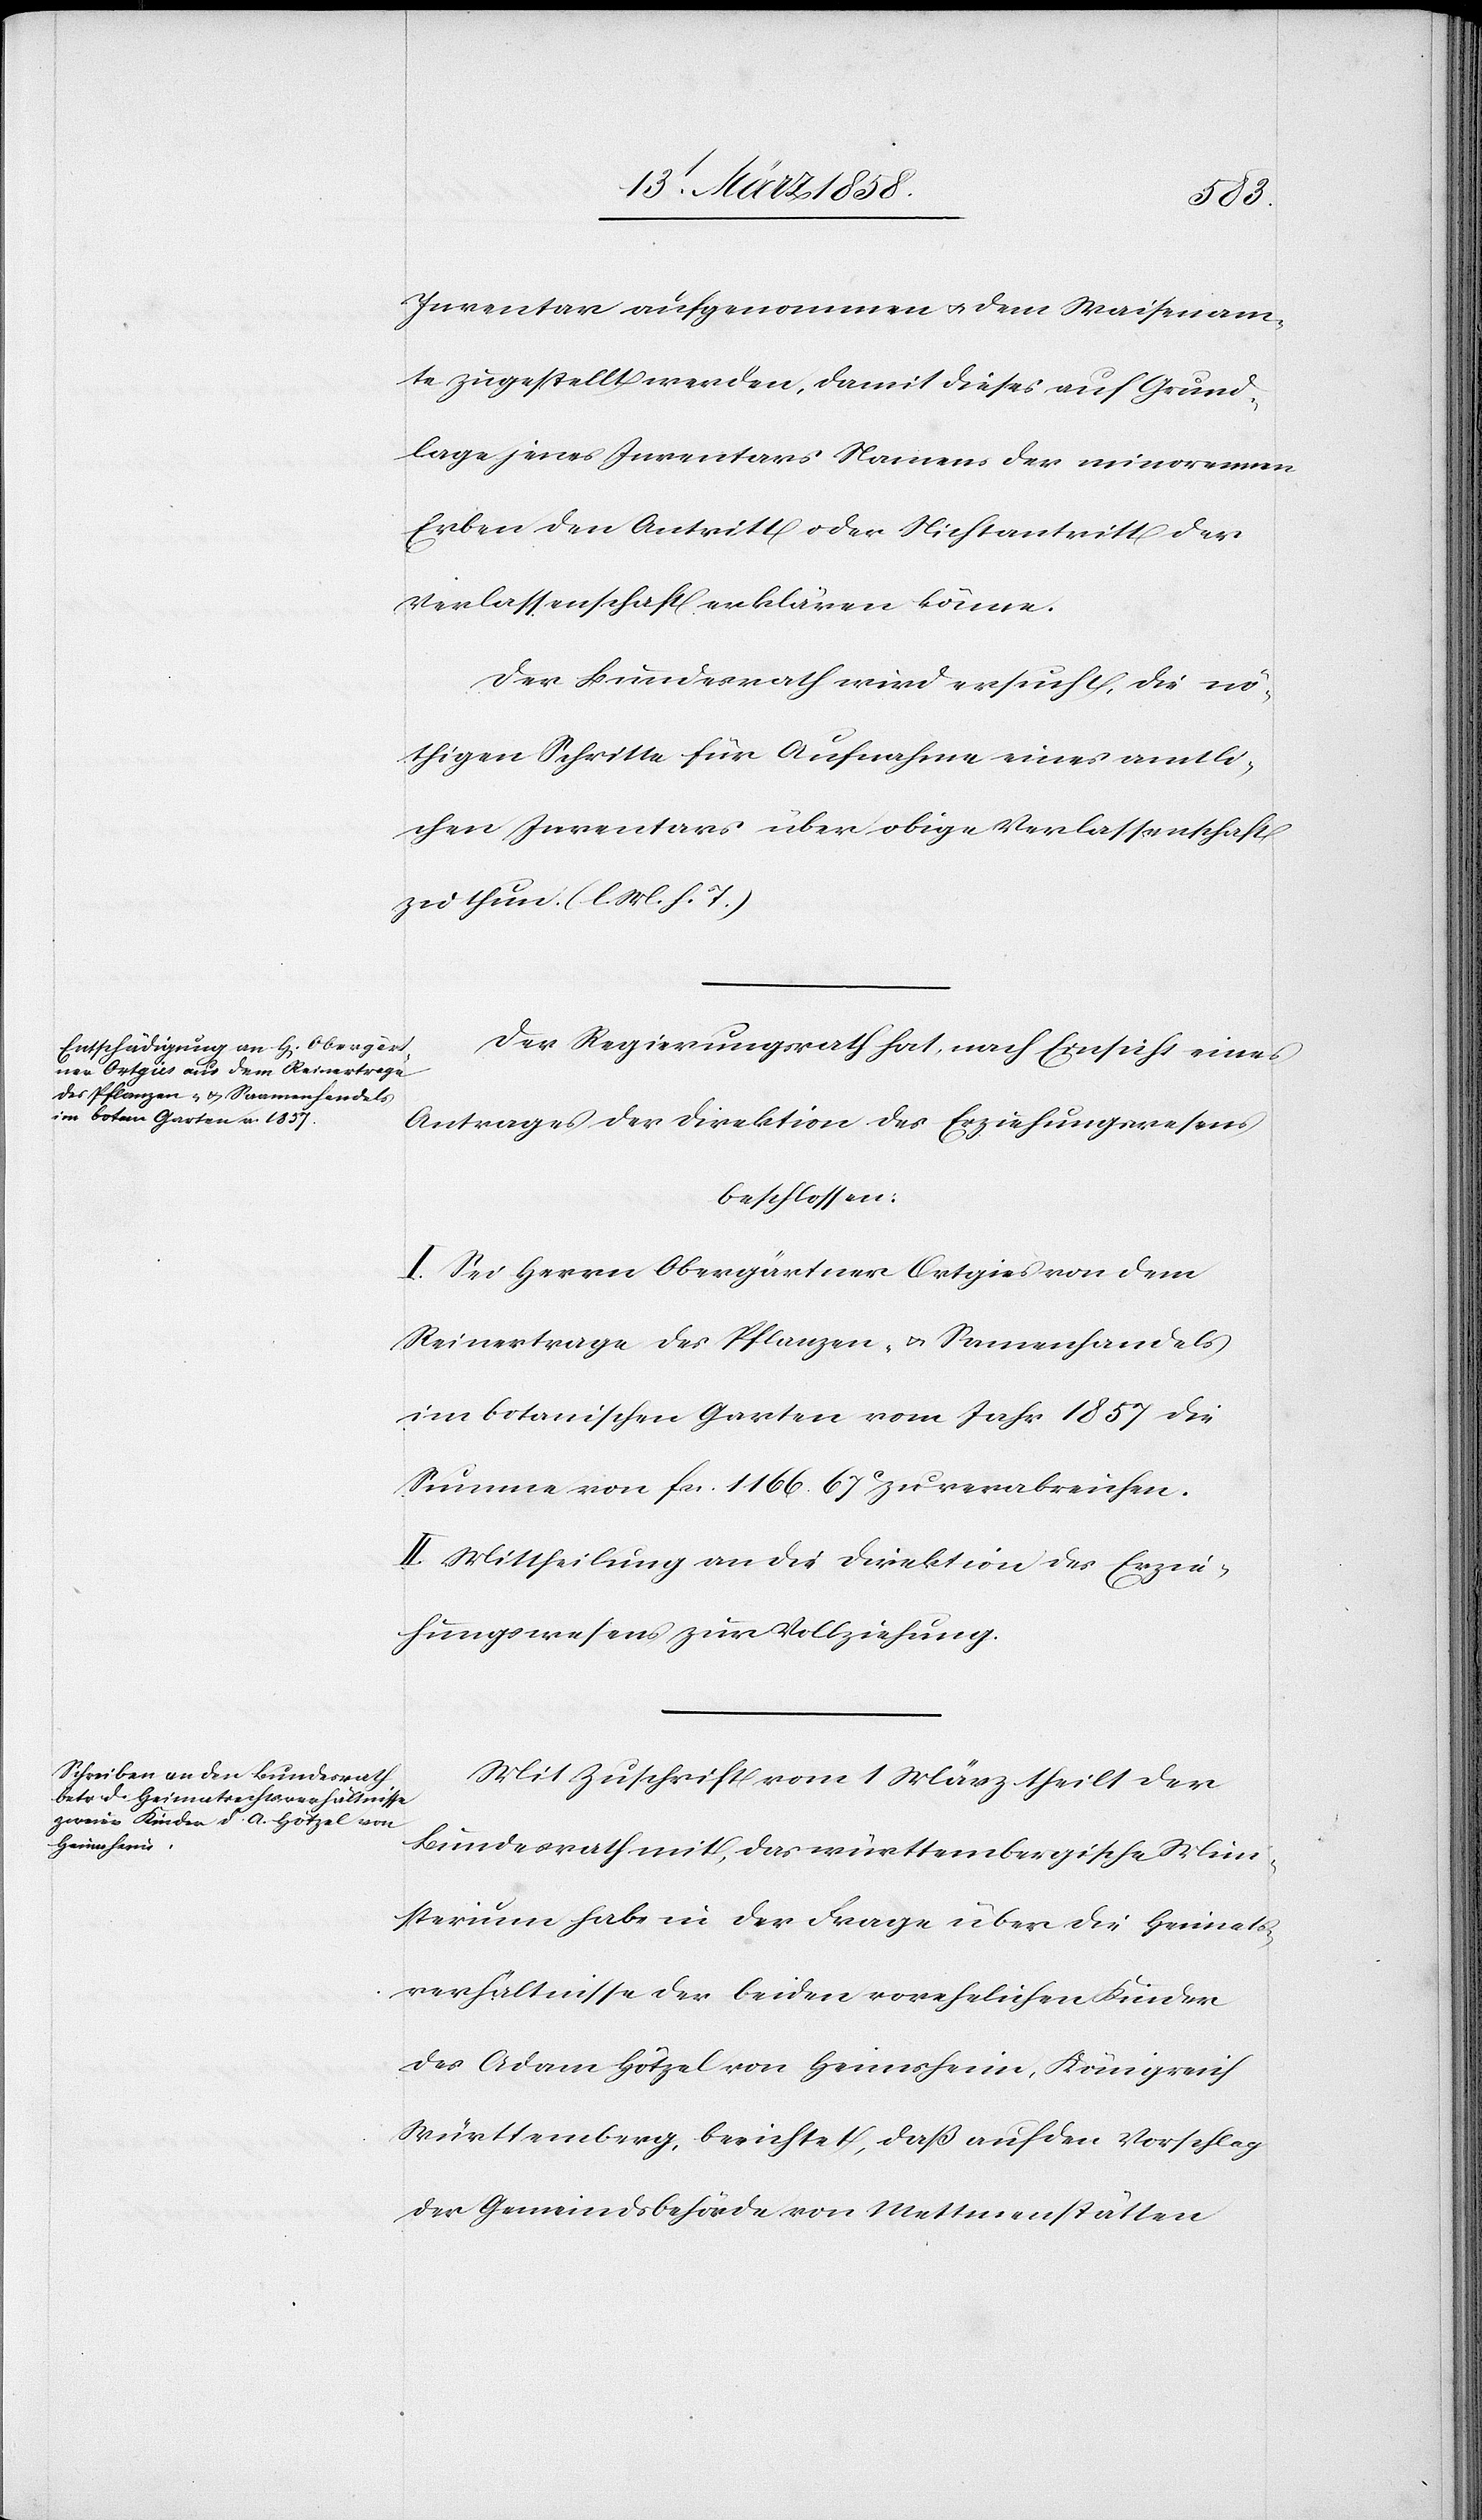
Inventar aufgenommen u. dem Waisenam¬
te zugestellt werden, damit dieses auf Grund¬
lage jenes Inventars Namens der minorennen
Erben den Antritt oder Nichtantritt der
Verlassenschaft erklären könne.
Der Bundesrath wird ersucht, die nö¬
thigen Schritte für Aufnahme eines amtli¬
chen Inventars über obige Verlassenschaft
zu thun. (l. M. h. T.)
Der Regierungsrath hat, nach Einsicht eines
Antrages der Direktion des Erziehungswesens
beschlossen:
I. Sei Herrn Obergärtner Ortgies von dem
Reinertrage des Pflanzen- u. Samenhandels
im botanischen Garten vom Jahr 1857 die
Summe von fcs. 1166 67C zu verabreichen.
II. Mittheilung an die Direktion des Erzie¬
hungswesens zur Vollziehung.
Mit Zuschrift vom 1. März theilt der
Bundesrath mit, das württembergische Mini¬
sterium habe in der Frage über die Heimats¬
verhältnisse der beiden vorehelichen Kinder
des Adam Hötzel von Heimsheim, Königreich
Württemberg, berichtet, daß auf den Vorschlag
der Gemeindsbehörde von Mettmenstätten